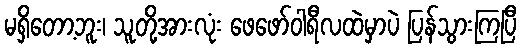
မရှိတော့ဘူး၊ သူတို့အားလုံး ဖေဖော်ဝါရီလထဲမှာပဲ ပြန်သွားကြပြီ